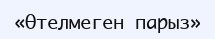
«Өтелмеген парыз»